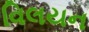
વિલયન